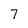
Character: 7